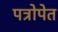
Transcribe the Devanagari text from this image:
पत्रोपेत